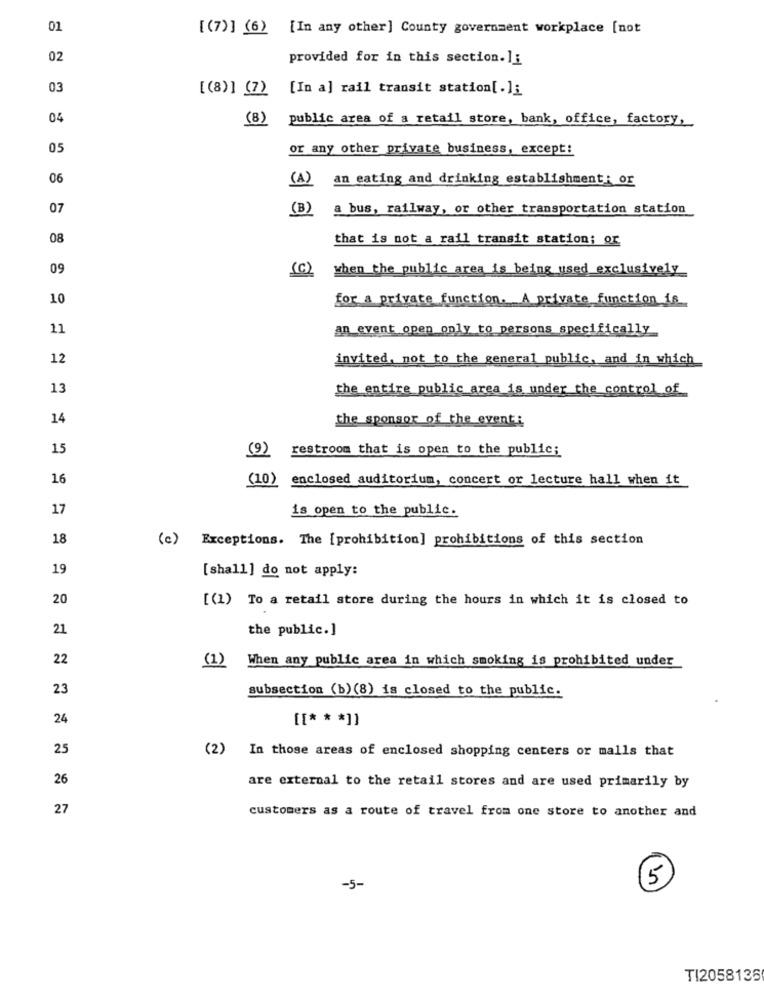
01
[(7)] (6) [In any other] County government workplace [not
02
provided for in this section.]i
03
[(8)] (7)
[In a] rail transit station[.]:
04
(8)
public area of a retail store, bank, office, factory,
05
or any other private business, except!
06
(A)
an eating and drinking establishment: or
07
(B)
a bus, railway, or other transportation station
08
that is not a rail transit station; or
09
(C)
when the public area is being used exclusively
10
for a private function. A private function is
11
an event open only to persons specifically
12
invited, not to the general public, and in which
13
the entire public area is under the control of
14
the sponsor of the event:
15
(9)
restroom that is open to the public;
16
(10)
enclosed auditorium, concert or lecture hall when it
17
is open to the public.
18
(c)
Exceptions. The [prohibition] prohibitions of this section
19
[shall] do not apply:
20
[(1) To a retail store during the hours in which it is closed to
21
the public.]
22
When any public area in which smoking is prohibited under
(1)
23
subsection (b) (8) is closed to the public.
24
[[* ** ]]
25
(2)
In those areas of enclosed shopping centers or malls that
26
are external to the retail stores and are used primarily by
27
customers as a route of travel from one store to another and
-5-
5
TI2058136